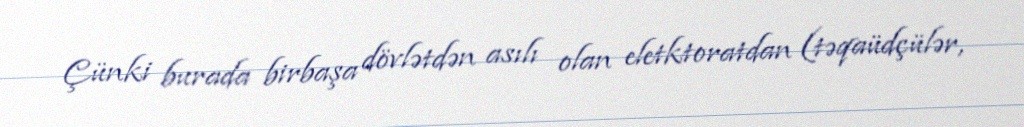
Çünki burada birbaşa dövlətdən asılı olan eletktoratdan (təqaüdçülər,